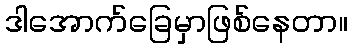
ဒါအောက်ခြေမှာဖြစ်နေတာ။